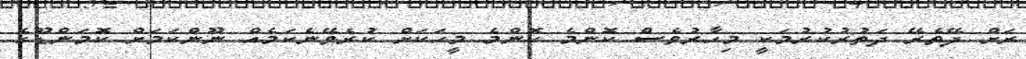
ރަށް ދޭތެރޭ ދަތުރުކުރުމަކީ މިހާރުވެސް ކޮންމެ ކޮންމެ މީހަކަށް ކުރެވޭނެކަމެއް ނޫންކަމަށް ކޮމަންޑޫގެ